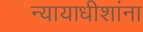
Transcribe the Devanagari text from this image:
न्यायाधीशांना